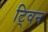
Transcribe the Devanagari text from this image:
टि्वन